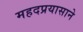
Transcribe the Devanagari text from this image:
महदप्रयासाने